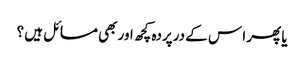
یا پھر ا س کے درپردہ کچھ اور بھی مسائل ہیں ؟